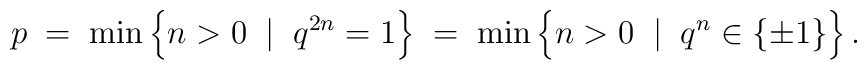
p\; =\; \min \left\{ n>0\;\mid\; q^{2n}=1 \right\} \; =\; \min \left\{ n>0\;\mid\; q^{n\rule{0mm}{2mm}}\in    \{\pm 1\}\right\}  .